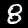
Label: 8